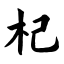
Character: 杞